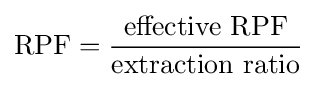
{\text{RPF}}={\frac {\text{effective RPF}}{\text{extraction ratio}}}